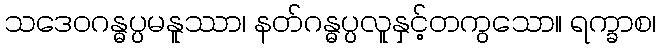
သဒေဝဂန္ဓပ္ပမနူဿာ၊ နတ်ဂန္ဓပ္ပလူနှင့်တကွသော။ ရက္ခာစ၊